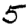
Digit: 5